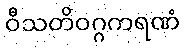
ဝီသတိဝဂ္ဂကရဏံ